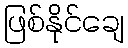
ဖြစ်နိုင်ချေ